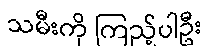
သမီးကို ကြည့်ပါဦး